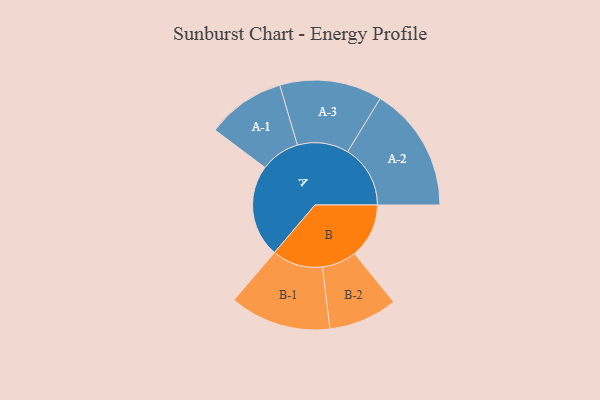
{"axis": {"x": "Segment", "y": "Value"}, "legend": ["", "A", "B"], "data": [{"x": "A", "y": 341, "type": ""}, {"x": "B", "y": 201, "type": ""}, {"x": "A-1", "y": 145, "type": "A"}, {"x": "A-2", "y": 231, "type": "A"}, {"x": "A-3", "y": 189, "type": "A"}, {"x": "B-1", "y": 187, "type": "B"}, {"x": "B-2", "y": 127, "type": "B"}]}